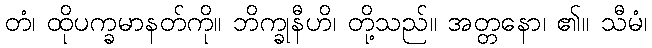
တံ၊ ထိုပက္ခမာနတ်ကို။ ဘိက္ခုနီဟိ၊ တို့သည်။ အတ္တနော၊ ၏။ သီမံ၊